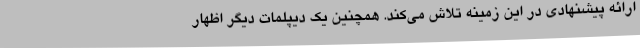
ارائه پیشنهادی در این زمینه تلاش می‌کند. همچنین یک دیپلمات دیگر اظهار